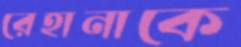
রেহানাকে